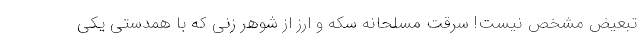
تبعیض مشخص نیست! سرقت مسلحانه سکه و ارز از شوهر زنی که با همدستی یکی